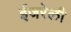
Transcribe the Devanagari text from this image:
ईजरेली